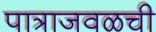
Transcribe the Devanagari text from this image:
पात्राजवळची